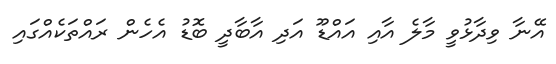
އޭނާ ވިދާޅުވީ މާލެ އާއި އައްޑޫ އަދި އާބާދީ ބޮޑު އެހެން ރައްތަކެއްގައި